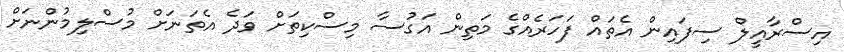
އިސްރާއީލް ސިފައިން އެތައް ފަހަރެއްގެ މަތިން އަގުސާ މިސްކިތަށް ވަދެ އެތަނަށް މުސްލިމުންނަށް